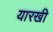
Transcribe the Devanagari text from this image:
यारखी